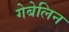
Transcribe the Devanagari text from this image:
गेबेलिन